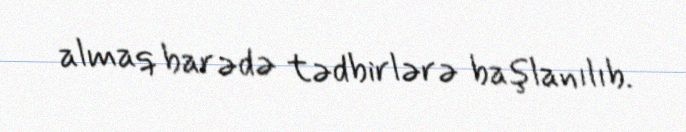
almaq barədə tədbirlərə başlanılıb.